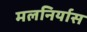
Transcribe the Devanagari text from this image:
मलनिर्यास